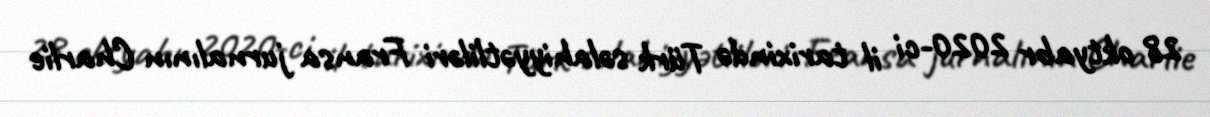
28 oktyabr 2020-ci il tarixində Türk səlahiyyətliləri Fransa jurnalının Charlie